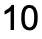
10